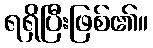
ရရှိပြီးဖြစ်၏။